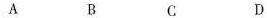
A B C D